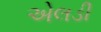
એલડી